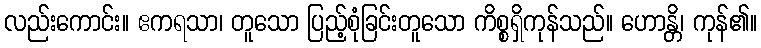
လည်းကောင်း။ ဧကရသာ၊ တူသော ပြည့်စုံခြင်းတူသော ကိစ္စရှိကုန်သည်။ ဟောန္တိ၊ ကုန်၏။